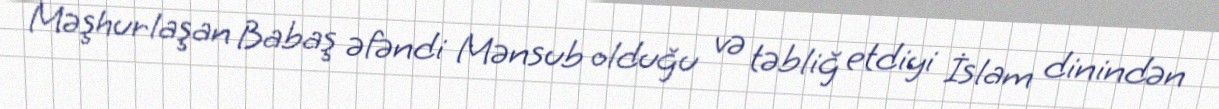
Məşhurlaşan Babaş əfəndi Mənsub olduğu və təbliğ etdiyi İslam dinindən